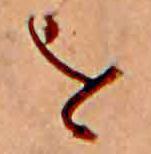
を